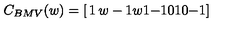
C _ { B M V } ( w ) = \left[ \begin{matrix} { 1 } & { w - 1 } & { w } \\ { 1 } & { - 1 } & { 0 } \\ { 1 } & { 0 } & { - 1 } \\ \end{matrix} \right]